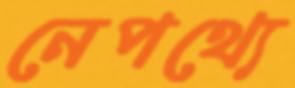
নেপথ্যে